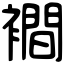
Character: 襇